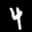
Label: 4